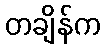
တချိန်က